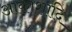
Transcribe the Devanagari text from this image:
आकाशादि